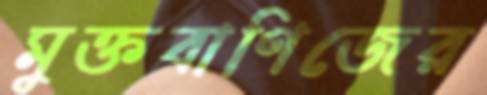
মুক্তবাণিজের